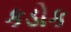
કડોક